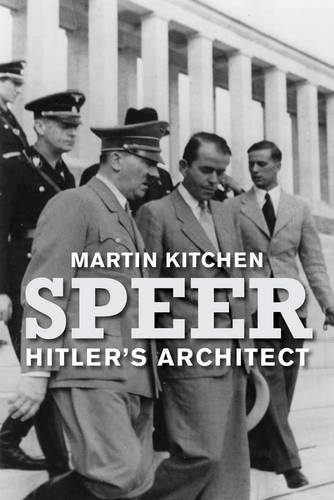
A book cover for Speer: Hitler's Architect; Martin Kitchen; History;